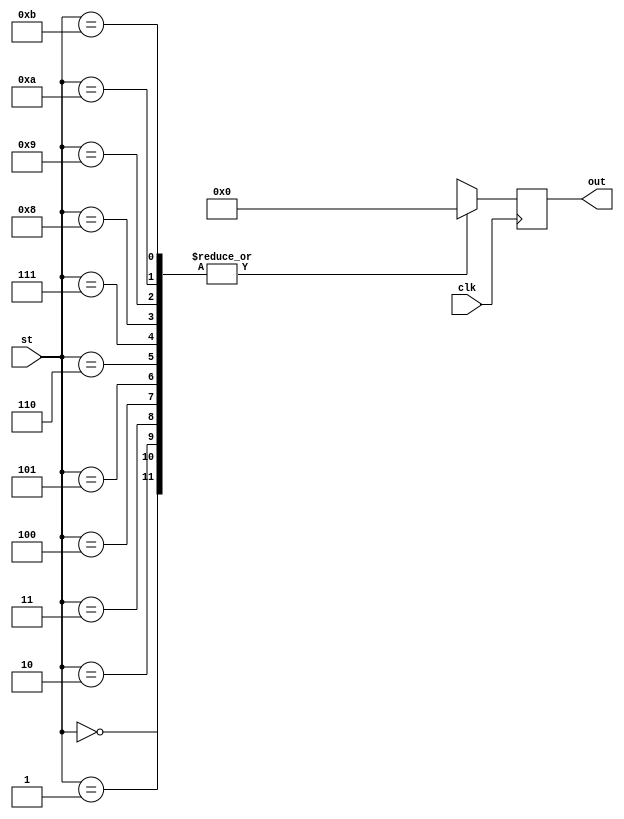

module dlsc_demosaic_vng6_rom #(
    parameter                   DATA    = 4,
    parameter [(DATA*12)-1:0]   ROM     = 0
) (
    input   wire                clk,

    input   wire    [3:0]       st,

    output  reg     [DATA-1:0]  out
);

always @(posedge clk) begin
    
    out <= {DATA{1'bx}};

    case(st)
         0: out <= ROM[ (DATA*11) +: DATA ];
         1: out <= ROM[ (DATA*10) +: DATA ];
         2: out <= ROM[ (DATA* 9) +: DATA ];
         3: out <= ROM[ (DATA* 8) +: DATA ];
         4: out <= ROM[ (DATA* 7) +: DATA ];
         5: out <= ROM[ (DATA* 6) +: DATA ];
         6: out <= ROM[ (DATA* 5) +: DATA ];
         7: out <= ROM[ (DATA* 4) +: DATA ];
         8: out <= ROM[ (DATA* 3) +: DATA ];
         9: out <= ROM[ (DATA* 2) +: DATA ];
        10: out <= ROM[ (DATA* 1) +: DATA ];
        11: out <= ROM[ (DATA* 0) +: DATA ];
    endcase

end

endmodule